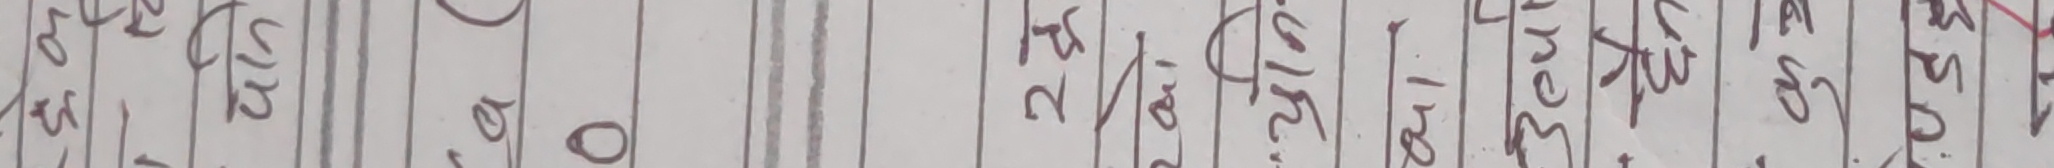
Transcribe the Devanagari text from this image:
२४.३५०